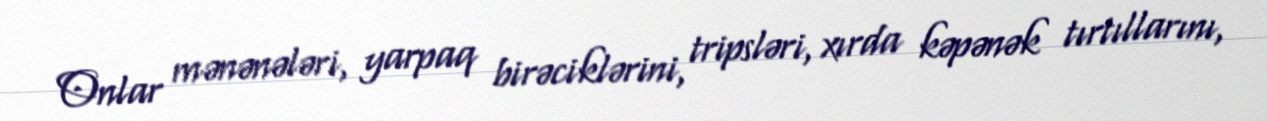
Onlar mənənələri, yarpaq birəciklərini, tripsləri, xırda kəpənək tırtıllarını,